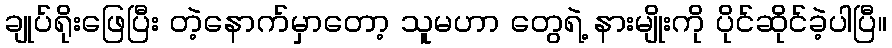
ချုပ်ရိုးဖြေပြီး တဲ့နောက်မှာတော့ သူမဟာ တွေရဲ့ နားမျိုးကို ပိုင်ဆိုင်ခဲ့ပါပြီ။